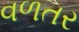
વળતર